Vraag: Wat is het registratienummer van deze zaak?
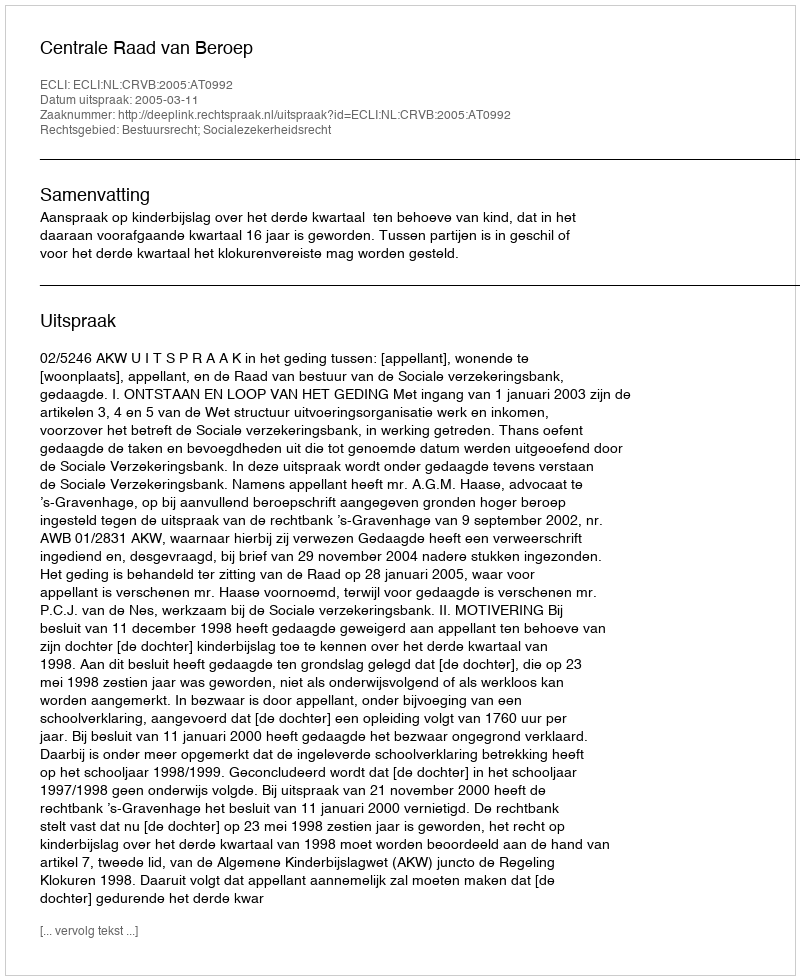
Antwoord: http://deeplink.rechtspraak.nl/uitspraak?id=ECLI:NL:CRVB:2005:AT0992